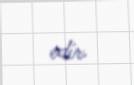
edir.